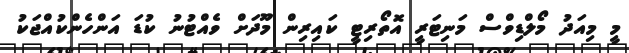
މީ މިއަދު މޯލްޑިވްސް މަނިޓަރީ އޮތޯރިޓީ ކައިރިން މޫދަށް ވެއްޓުނު ކުޑަ އަންހެންކުއްޖަކު